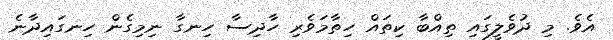
އެވެ. މި ދުވެލީގައި ތިއްބާ ކިތައް ހިތާމަވެރި ހާދިސާ ހިނގާ ނިމިގެން ހިނގައިދާނެ